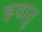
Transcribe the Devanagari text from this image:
हवातु